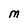
Character: M